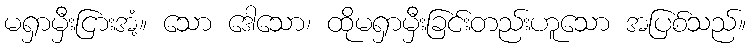
မရှာမှီးငြားအံ့။ သော ဒေါသော၊ ထိုမရှာမှီးခြင်းတည်းဟူသော အပြစ်သည်။